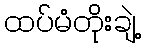
ထပ်မံတိုးချဲ့